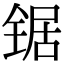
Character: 锯